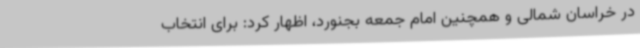
در خراسان شمالی و همچنین امام جمعه بجنورد، اظهار کرد: برای انتخاب